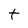
Character: t